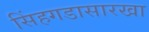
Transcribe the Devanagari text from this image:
सिंहगडासारखा